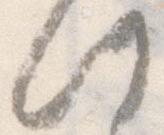
此